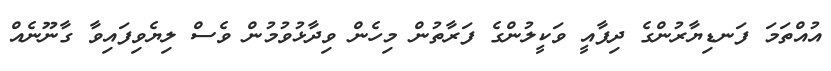
އުއްތަމަ ފަނޑިޔާރުންގެ ދިފާއީ ވަކީލުންގެ ފަރާތުން މިހެން ވިދާޅުވުމުން ވެސް ލިޔެވިފައިވާ ގާނޫނެއް